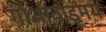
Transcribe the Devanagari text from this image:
गाथावाड्मय